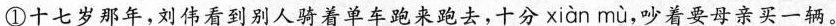
①十七岁那年，刘伟看到别人骑着单车跑来跑去，十分xiàn mù ，吵着要母亲买一辆。